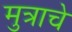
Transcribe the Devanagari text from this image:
मुत्राचे